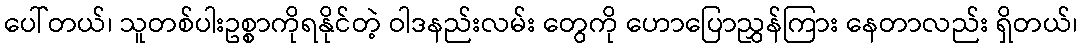
ပေါ်တယ်၊ သူတစ်ပါးဥစ္စာကိုရနိုင်တဲ့ ဝါဒနည်းလမ်း တွေကို ဟောပြောညွှန်ကြား နေတာလည်း ရှိတယ်၊